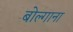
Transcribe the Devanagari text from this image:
बोल्गाना